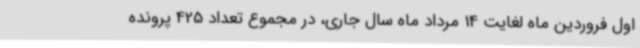
اول فروردین ماه لغایت 14 مرداد ماه سال جاری، در مجموع تعداد 425 پرونده